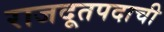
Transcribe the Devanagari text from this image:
राजदूतपदाची